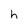
Character: h